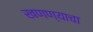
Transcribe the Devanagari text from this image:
खणण्याचा